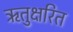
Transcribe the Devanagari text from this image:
ऋतुक्षरित